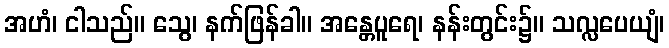
အဟံ၊ ငါသည်။ သွေ၊ နက်ဖြန်ခါ။ အန္တေပူရေ၊ နန်းတွင်း၌။ သလ္လပေယျံ၊